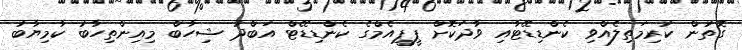
ގޮތުން ކުރިމަތިލެއްވި ކެންޑިޑޭޓާއި ވާދަކޮށް ޕީޕީއެމްގެ ކެންޑިޑޭޓް އަބްދު ޝިހާބް މިއިންތިހާބު ކާމިޔާބު